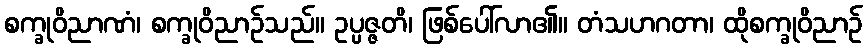
စက္ခုဝိညာဏံ၊ စက္ခုဝိညာဉ်သည်။ ဥပ္ပဇ္ဇတိ၊ ဖြစ်ပေါ်လာ၏။ တံသဟဂတာ၊ ထိုစက္ခုဝိညာဉ်